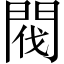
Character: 閥